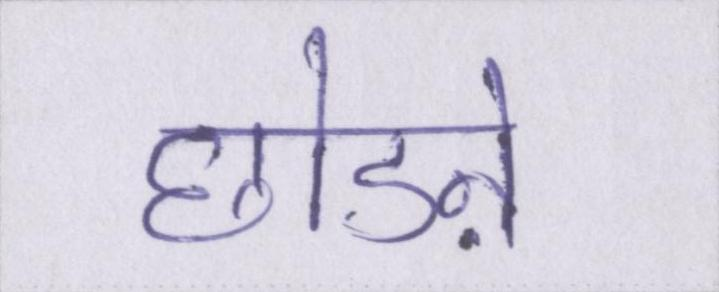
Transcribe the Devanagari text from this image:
छोडऩे